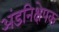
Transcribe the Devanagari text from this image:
अंडनिक्षेपक